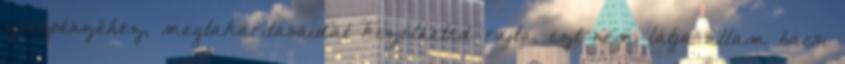
zsebpénzéhez, megtakarításaidat kezelheted rajta, ezt nem látja állam bácsi